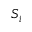
S _ { i }